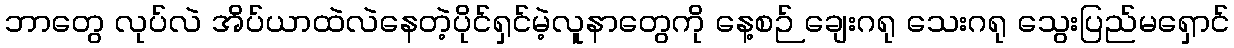
ဘာတွေ လုပ်လဲ အိပ်ယာထဲလဲနေတဲ့ပိုင်ရှင်မဲ့လူနာတွေကို နေ့စဉ် ချေးဂရု သေးဂရု သွေးပြည်မရှောင်